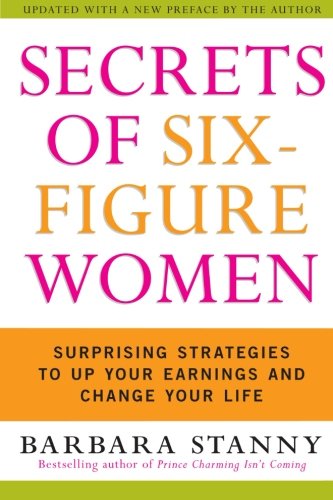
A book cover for Secrets of Six-Figure Women: Surprising Strategies to Up Your Earnings and Change Your Life; Barbara Stanny; Business & Money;